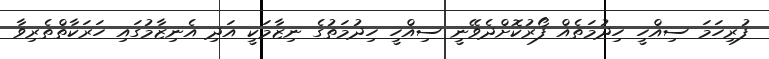
ފުރިހަމަ ސިއްހީ ހިދުމަތެއް ފޯރުކޮށްދެވޭނީ ސިއްްހީ ހިދުމަތުގެ ނިޒާމަކީ އަދި އެނިޒާމުގައި ހަރަކާތްތެރިވާ